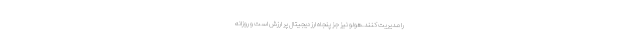
را مدیریت کنند.هولو نیز جز پنجاه ارز دیجیتال پر ارزش است و روزانه